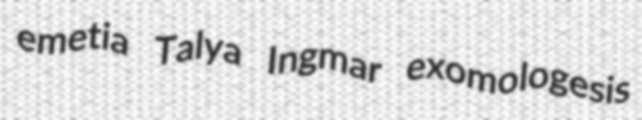
emetia Talya Ingmar exomologesis